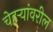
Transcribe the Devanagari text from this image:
चेहऱ्यांवरील